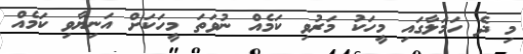
މި ދެ ހަމަލާގައި މީހަކު މަރުވި ކަމެއް ނުވަތަ މީހަކަށް އަނިޔާވި ކަމެއް